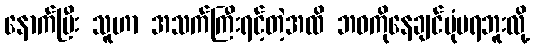
နောက်ပြီး သူဟာ အသက်ကြီးရင့်တဲ့အထိ ဘဝကိုနေချင်ပုံမရဘူးလို့